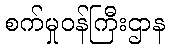
စက်မှုဝန်ကြီးဌာန